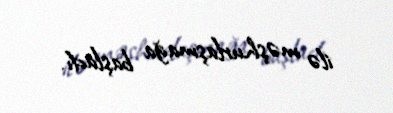
ilə məşhurlaşmağa başladı.